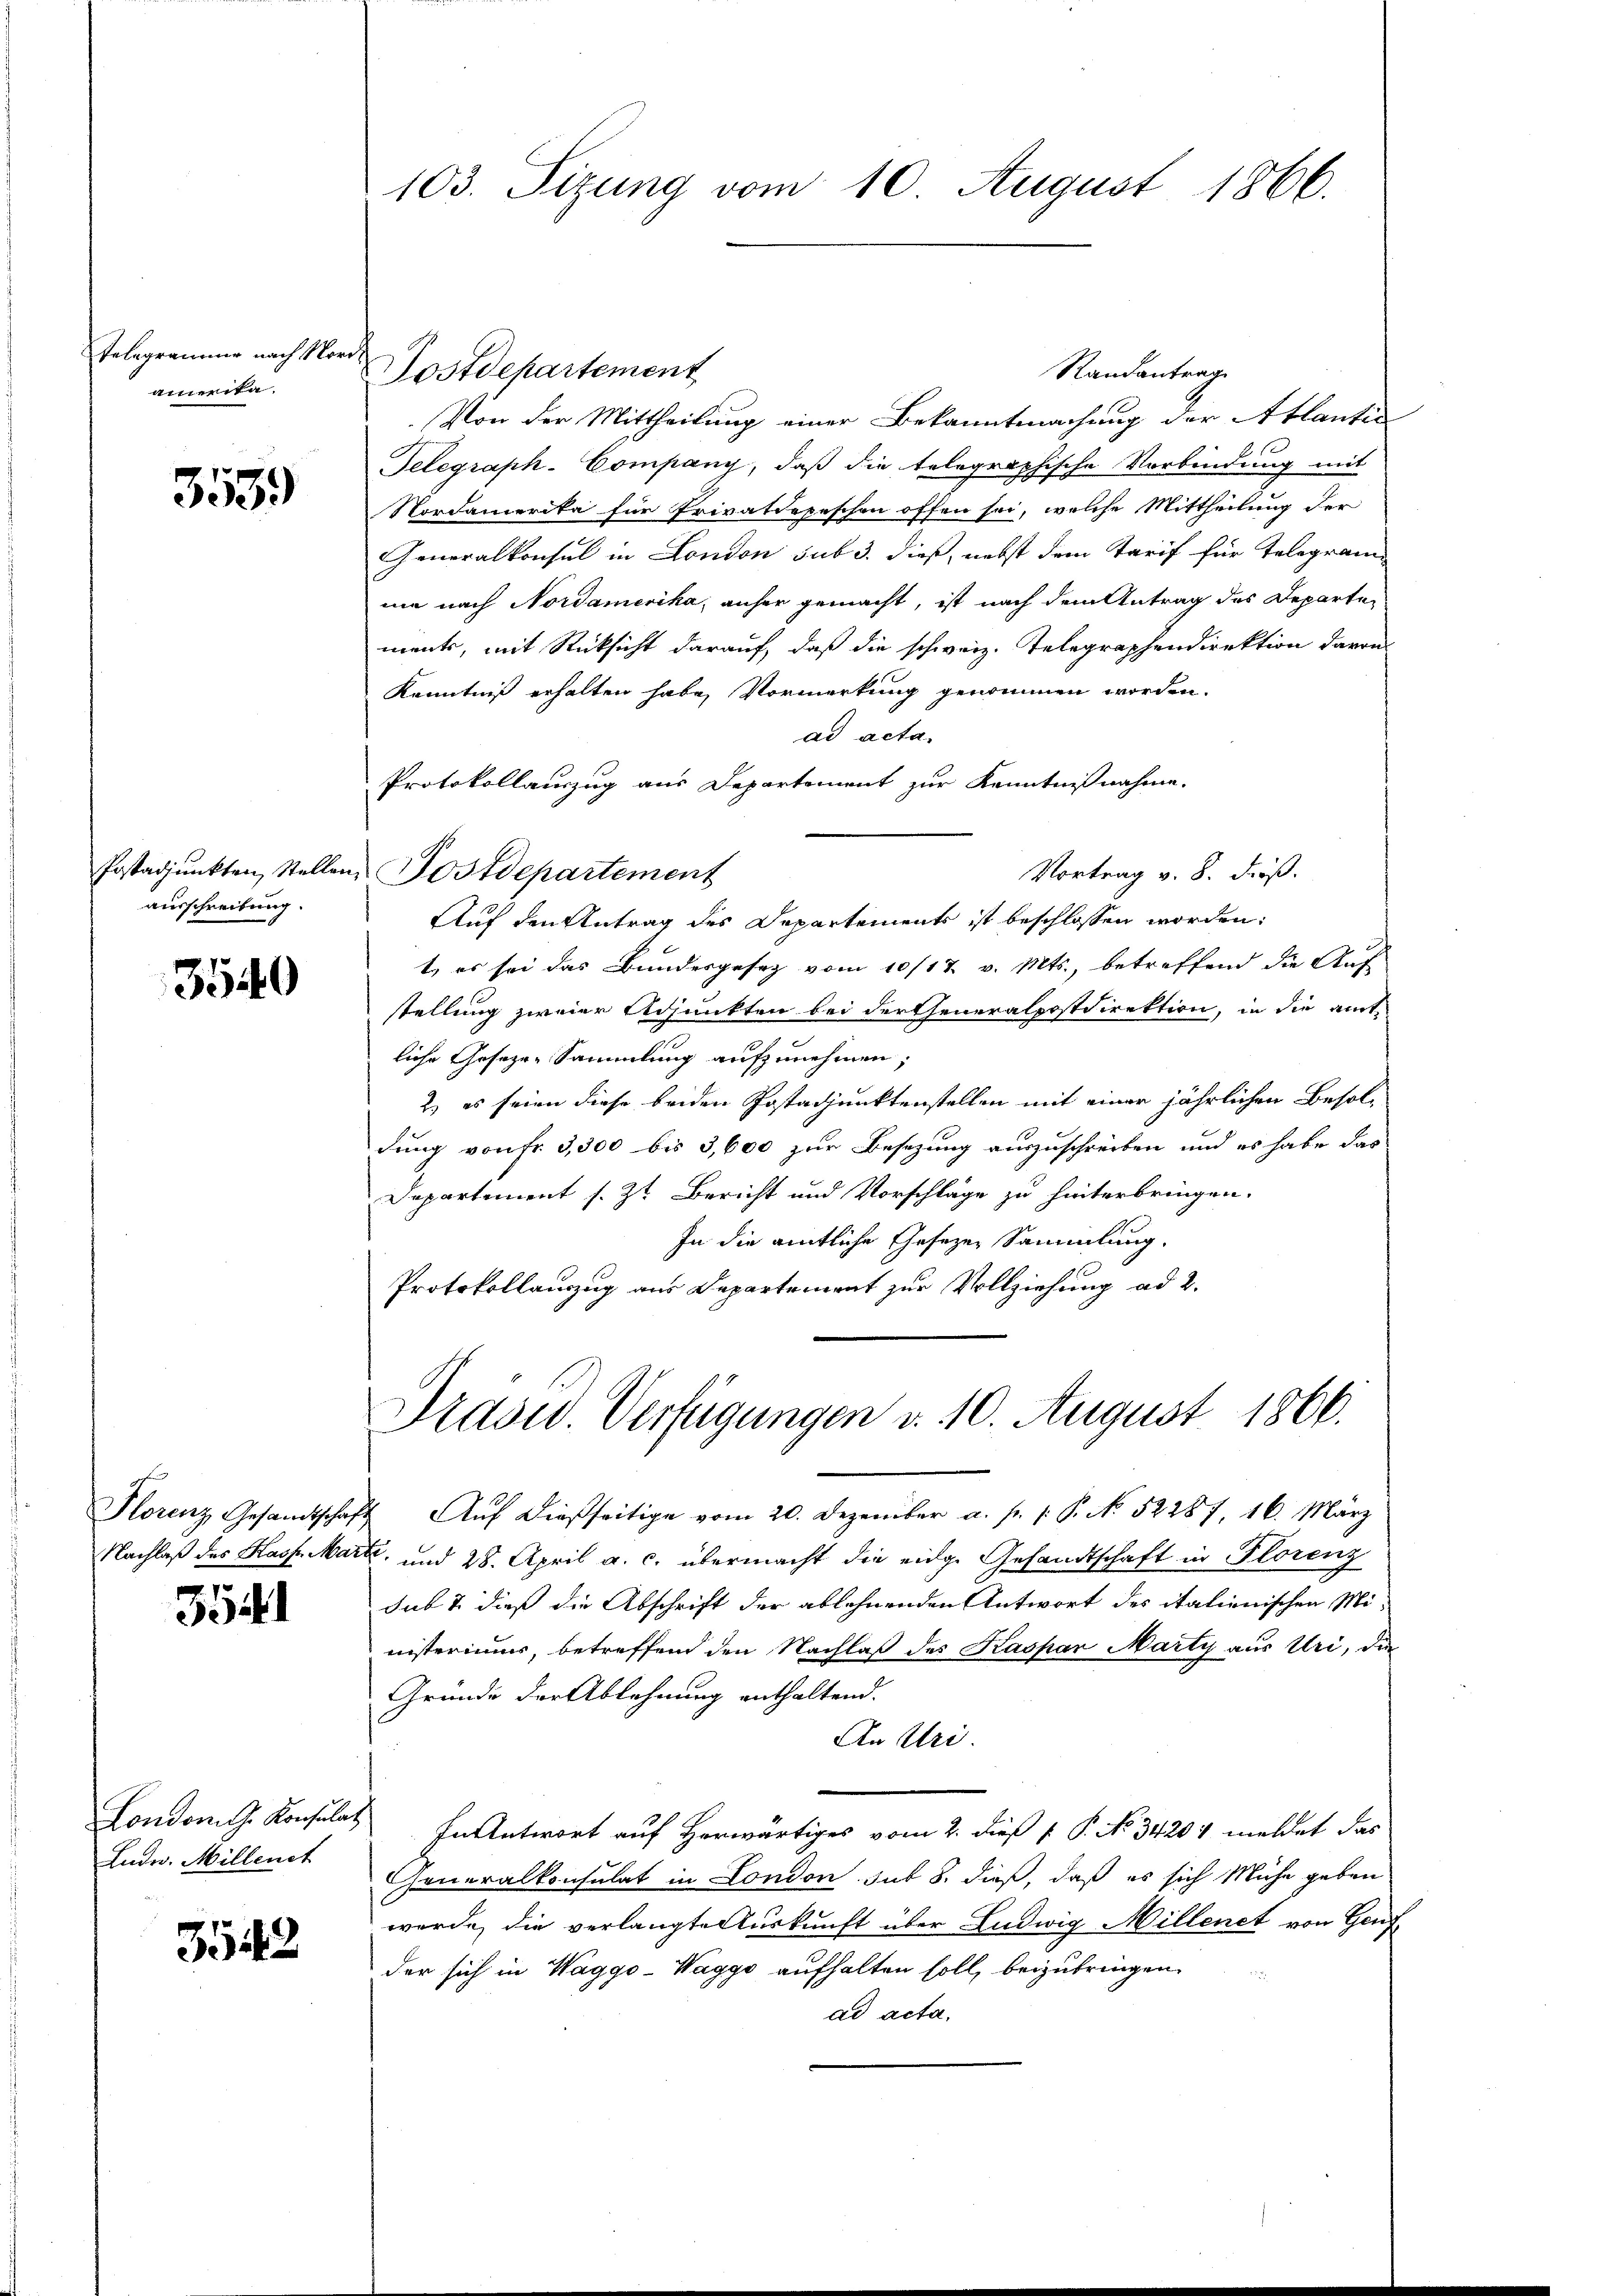
Telegrammer nach Nordamerika.

3539

Postadjunkten Stellen,
ausschreibung.

3540

Florenz Gesandtschaft
Nachlaß des Kasse Mar

3541

London dh. Konsulat
Luder. Millenet

3542

103. Sizung vom 10 August 1866.

Postdepartement
Von der Mittheilung einer Bekanntmachung der Atlantin
Telegraph-Company, daβ die telegraphische Verbindung mit
Nordamerika für Privatdepeschen offen sei, welche Mittheilung der
Generalkonsul in London sub 3. dieß, nebst dem Tarif für Telegram
ne nach Nordamerika, anher gemacht, ist nach dem Antrag des Departements, mit Rücksicht darauf, daß die schweiz. Telegraphendirektion davon
Kenntniß erhalten habe, Vormerkung genommen worden.
ad acta.
Protokollauszug aus Departement zur Kenntnißnahme.
Vortrag v. 8. dieß.
Auf den Antrag des Departements ist beschlossen worden.
t es sei das Bundesgesetz vom 10/17 v. Mts., betreffend die Auf
stellung zweier Adjunkten bei der Generalpostdirektion, in die amt
liche Geseze, Sammlung aufzunehmen;
2) es seien diese beiden Postadjunktenstellen mit einer jährlichen Besoldung von fr. 3,300 bis 3,600 zur Besezung auszuschreiben und es habe das
Departement s. Zt. Bericht und Vorschläge zu hinterbringen.
In die amtliche Gesezen Sammlung,
Protokollauszug aus Departement zur Vollziehung ad 2.
Präsid Verfügungen v. 10. August 1866.
Auf dießseitige vom 20. Dezember a. p. 1. P. No 52287 16. März
t. und 28. April a. c. übermacht die eidge Gesandtschaft in Florenz
sub & dieß die Abschrift der ablehnenden Antwort des italienischen Mi-
nisteriums, betreffend den Nachlaß des Kaspar Marty aus Uri, die
Gründe der Ablehnung enthaltend.
An Uri
In Antwort auf Herwärtiges vom 2. dieß P. P. No. 34201 meldet das
Generalkonsulat in London sub 8. dieß, daß es sich Mühe geben
werde, die verlangte Auskunft über Ludwig Millenet von Genf
der sich in Waggo-Waggo aufhalten soll, beizubringen.
ad acta.

Postdepartement

Randantrag